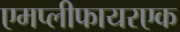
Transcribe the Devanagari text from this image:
एमप्लीफायरएक